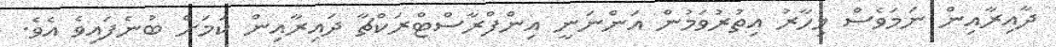
ދާއިރާއިން ނަމަވެސް މިހާރު އިތުރުވަމުން އަންނަނީ އިންފްރާސްޓްރަކްޗާ ދައިރާއިން ކަމަށް ބުނެފައިވެ އެވެ.